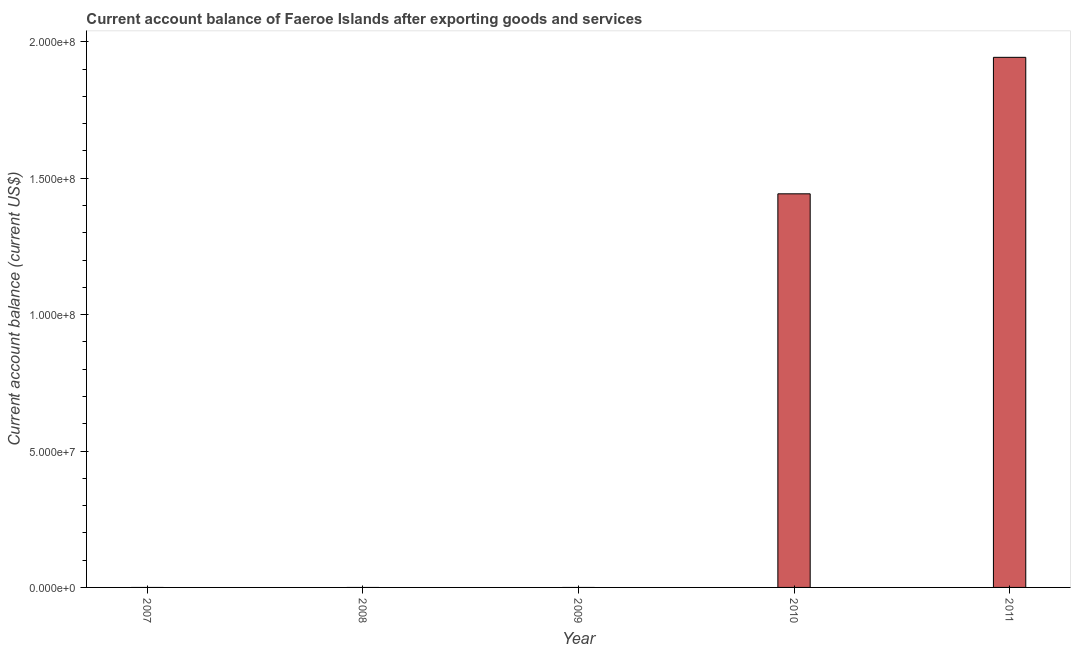
| Year | Current account balance |
 | --- | --- |
 | 2007 | -8.06e+07 |
 | 2008 | -3.06e+07 |
 | 2009 | -2.46e+07 |
 | 2010 | 1.44e+08 |
 | 2011 | 1.94e+08 |